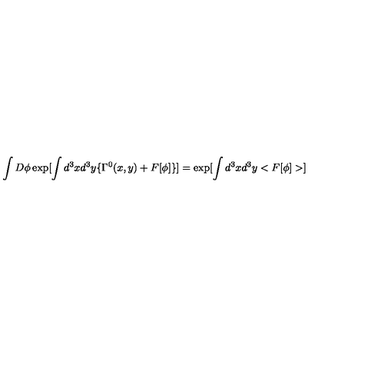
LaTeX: \int D \phi \exp [ \int d ^ { 3 } x d ^ { 3 } y \{ \Gamma ^ { 0 } ( x , y ) + F [ \phi ] \} ] = \exp [ \int d ^ { 3 } x d ^ { 3 } y < F [ \phi ] > ]